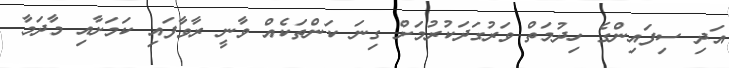
އަދި ސިފައިންގެ ހިދުމަތް ވަރުގަދަކުރުމަށް ގިނަ ކަންތަކެއް ވާނީ ރާވާފައި ކަމަށާއި މާދަމާ